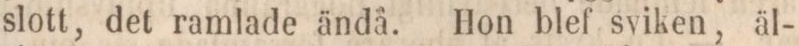
slott, det ramlade ändå. Hon blef sviken, äl-